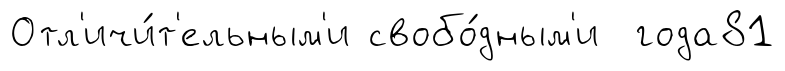
Отл'ичи́т'ельным'и свобо́дным'и года81